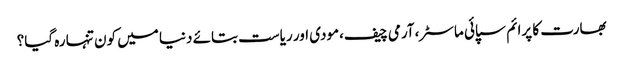
بھارت کا پرائم سپائی ماسٹر،آرمی چیف،مودی اور ریاست بتائے دنیا میں کون تنہا رہ گیا؟